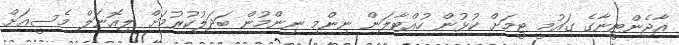
އާޖެންޓީނާގެ ގައުމީ ޓީމަށް ކުޅުން ހުއްޓާލަން ނިންމި ނިންމުން ބަދަލުކުރުމަށް ލިއޮނަލް މެސީއަށް